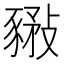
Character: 𧱰